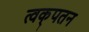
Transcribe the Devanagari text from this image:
त्वक्‌पतन